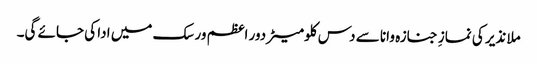
ملا نذیر کی نمازِ جنازہ وانا سے دس کلومیٹر دور اعظم ورسک میں ادا کی جائے گی۔